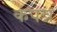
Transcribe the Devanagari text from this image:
कंपन्न